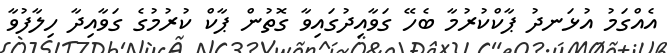
އެއްގަމު އުޅަނދު ޕާކްކުރުމާ ބެހޭ ގަވާއިދުގައިވާ ގޮތުން ޕާކް ކުރުމުގެ ގަވާއިދާ ހިލާފުވާ